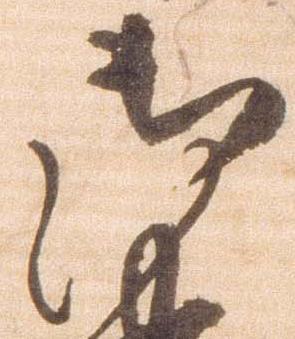
御